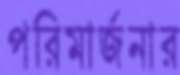
পরিমার্জনার